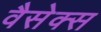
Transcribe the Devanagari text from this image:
वैसेक्स